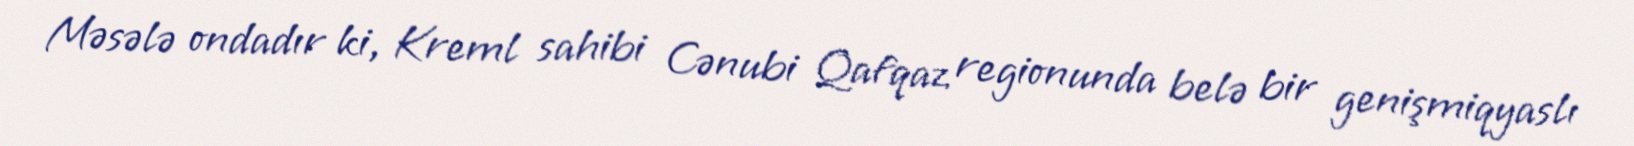
Məsələ ondadır ki, Kreml sahibi Cənubi Qafqaz regionunda belə bir genişmiqyaslı